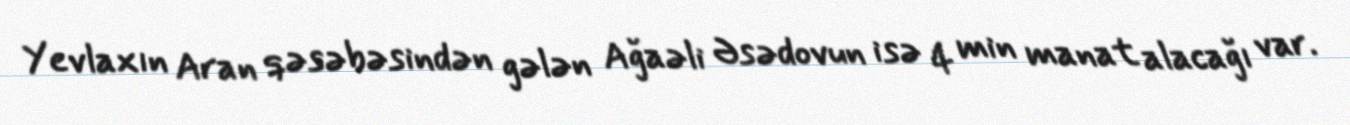
Yevlaxın Aran qəsəbəsindən gələn Ağaəli Əsədovun isə 4 min manat alacağı var.